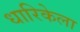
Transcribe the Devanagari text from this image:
धारिकेला